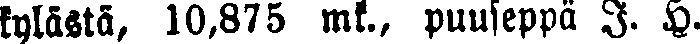
kylästä, 10,875 mk., puuseppä J. H.